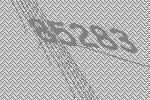
85283